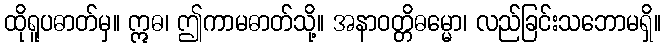
ထိုရူပဓာတ်မှ။ ဣဓ၊ ဤကာမဓာတ်သို့။ အနာဝတ္တိဓမ္မော၊ လည်ခြင်းသဘောမရှိ။